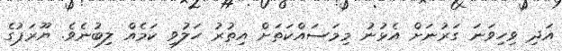
އަދި ވިހިވަނަ ގަރުނަށް އެޅުނު މިމަސައްކަތަށް އިތުރު ހަލުވި ކަމެއް ލިބުނެވެ. ޔޫރަޕުގެ